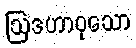
ဩဒဟာဝုသော